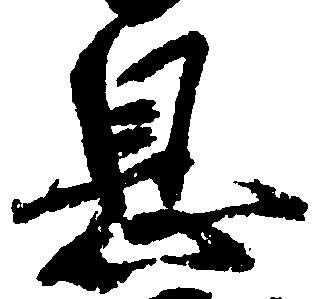
息